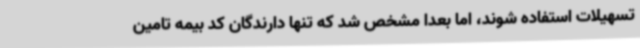
تسهیلات استفاده شوند، اما بعدا مشخص شد که تنها دارندگان کد بیمه تامین